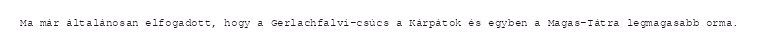
Ma már általánosan elfogadott, hogy a Gerlachfalvi-csúcs a Kárpátok és egyben a Magas-Tátra legmagasabb orma.